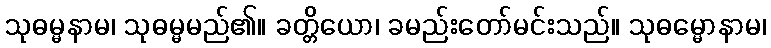
သုဓမ္မနာမ၊ သုဓမ္မမည်၏။ ခတ္တိယော၊ ခမည်းတော်မင်းသည်။ သုဓမ္မောနာမ၊